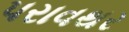
પરાવથર